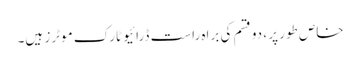
خاص طور پر ، دو قسم کی براہ راست ڈرائیو ٹارک موٹرز ہیں۔